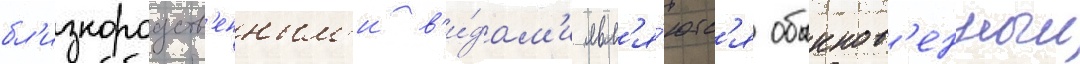
бл'изкородств'енным'и в'и́дам'и явл'я́ютс'я обыкнов'енныи